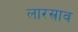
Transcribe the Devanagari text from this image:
लारस्राव